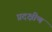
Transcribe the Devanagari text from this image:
प्रदक्षीण